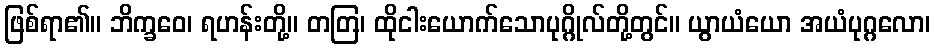
ဖြစ်ရာ၏။ ဘိက္ခဝေ၊ ရဟန်းတို့။ တတြ၊ ထိုငါးယောက်သောပုဂ္ဂိုလ်တို့တွင်။ ယွာယံယော အယံပုဂ္ဂလော၊